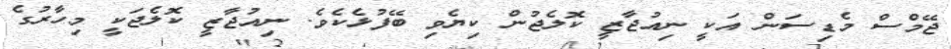
ޖޭމްސް މެޑިސަން އަކީ ނިއުޖާޒީ ކޮލެޖުން ކިޔެވި ބޭފުޅެކެވެ. ނިއުޖާޒީ ކޮލެޖަކީ މިހާރުގެ